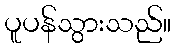
ပူပန်သွားသည်။